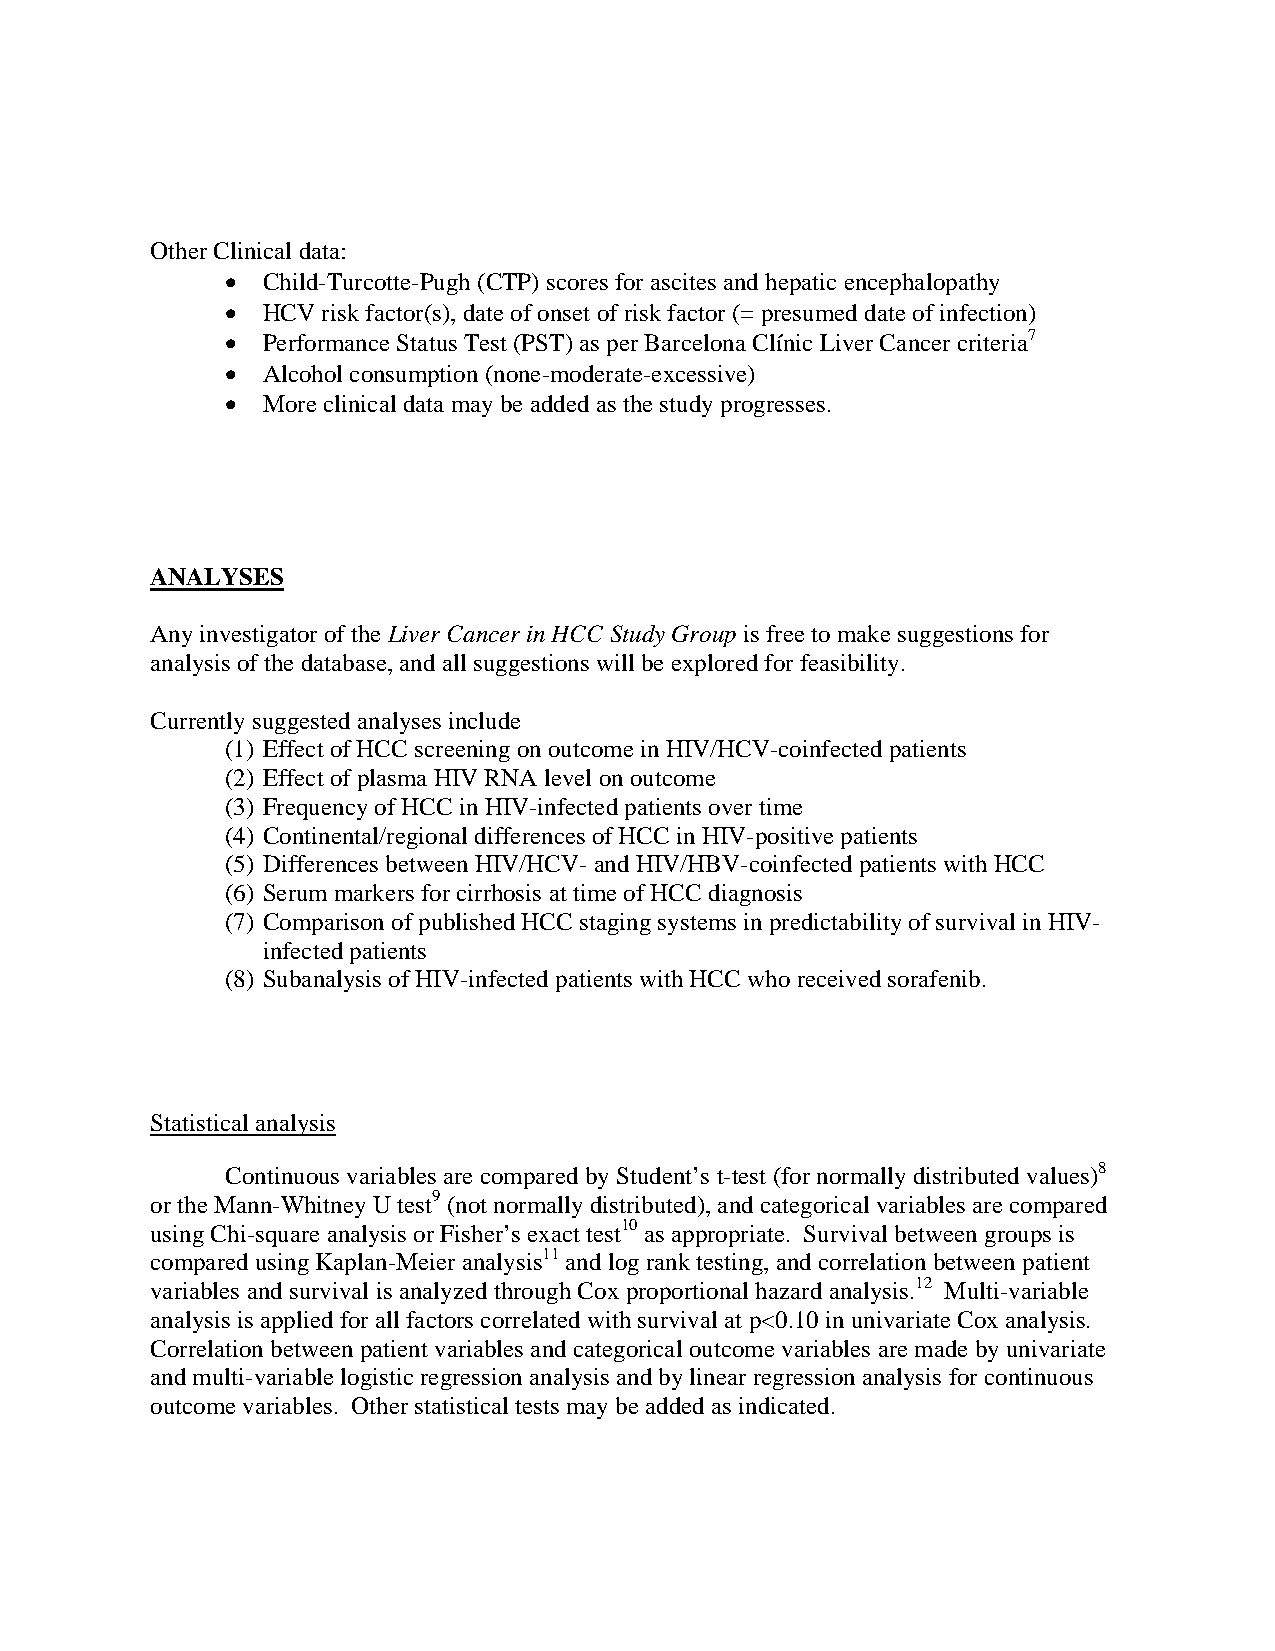
Other Clinical data:
 • Child-Turcotte-Pugh (CTP) scores for ascites and hepatic encephalopathy
 • HCV risk factor(s), date of onset of risk factor (= presumed date of infection)
 • Performance Status Test (PST) as per Barcelona Clínic Liver Cancer criteria7
 • Alcohol consumption (none-moderate-excessive)
 • More clinical data may be added as the study progresses.
 ANALYSES
 Any investigator of the Liver Cancer in HCC Study Group is free to make suggestions for
 analysis of the database, and all suggestions will be explored for feasibility.
 Currently suggested analyses include
 (1) Effect of HCC screening on outcome in HIV/HCV-coinfected patients
 (2) Effect of plasma HIV RNA level on outcome
 (3) Frequency of HCC in HIV-infected patients over time
 (4) Continental/regional differences of HCC in HIV-positive patients
 (5) Differences between HIV/HCV- and HIV/HBV-coinfected patients with HCC
 (6) Serum markers for cirrhosis at time of HCC diagnosis
 (7) Comparison of published HCC staging systems in predictability of survival in HIV-
 infected patients
 (8) Subanalysis of HIV-infected patients with HCC who received sorafenib.
 Statistical analysis
 Continuous variables are compared by Student’s t-test (for normally distributed values)8
 or the Mann-Whitney U test9 (not normally distributed), and categorical variables are compared
 using Chi-square analysis or Fisher’s exact test10 as appropriate. Survival between groups is
 compared using Kaplan-Meier analysis11 and log rank testing, and correlation between patient
 variables and survival is analyzed through Cox proportional hazard analysis.12 Multi-variable
 analysis is applied for all factors correlated with survival at p<0.10 in univariate Cox analysis.
 Correlation between patient variables and categorical outcome variables are made by univariate
 and multi-variable logistic regression analysis and by linear regression analysis for continuous
 outcome variables. Other statistical tests may be added as indicated.